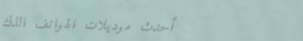
أحدث موديلات الهواتف الذك